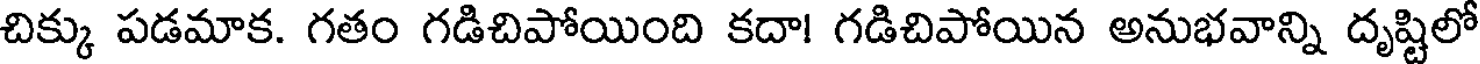
చిక్కు పడమాక. గతం గడిచిపోయింది కదా! గడిచిపోయిన అనుభవాన్ని దృష్టిలో